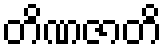
တိဏဇာတိ